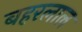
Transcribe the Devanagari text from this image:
बहरलाल